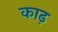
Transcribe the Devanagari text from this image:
काढ़